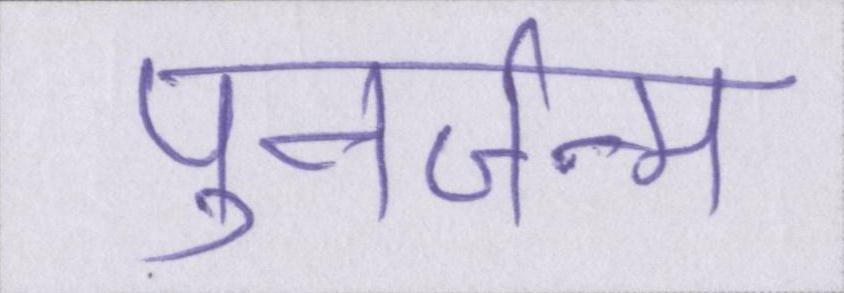
पुनर्जन्म